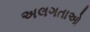
અલગતાઓ